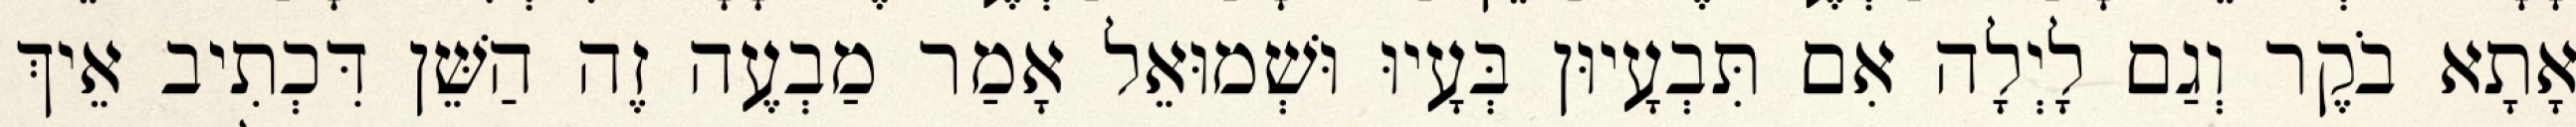
אָתָא בֹקֶר וְגַם לָיְלָה אִם תִּבְעָיוּן בְּעָיוּ וּשְׁמוּאֵל אָמַר מַבְעֶה זֶה הַשֵּׁן דִּכְתִיב אֵיךְ